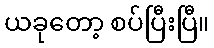
ယခုတော့ စပ်ပြီးပြီ။